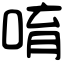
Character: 唷